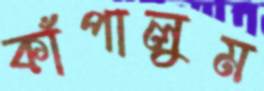
কাঁপালুম